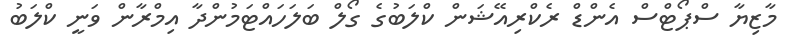
މާޒިޔާ ސްޕޯޓްސް އެންޑް ރެކްރިއޭޝަން ކްލަބުގެ ގޯލް ބަލަހައްޓަމުންދާ އިމްރާން ވަނީ ކްލަބު